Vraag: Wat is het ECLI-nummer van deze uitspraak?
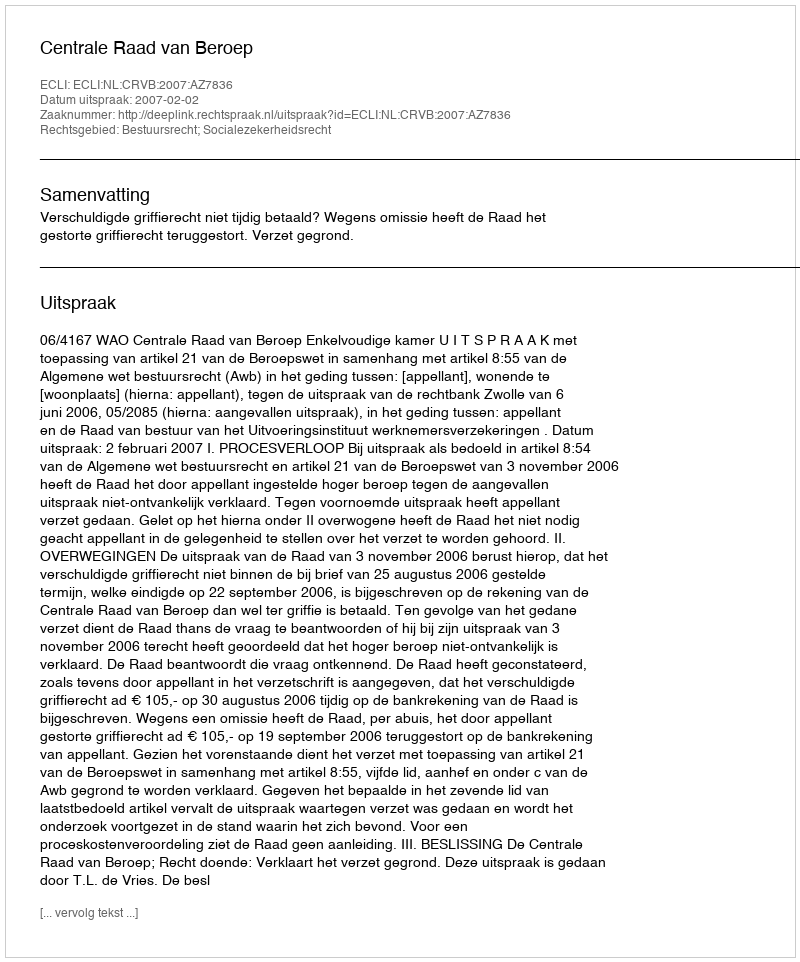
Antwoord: ECLI:NL:CRVB:2007:AZ7836